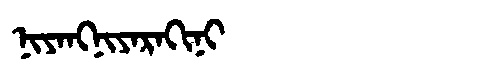
Manchu: ᠨᡳᠶᠠᠩᠨᡳᠶᠠᡵᠠᡴᡳᠨᡳ
Romanization: NIYANGNIYARAKINI